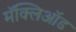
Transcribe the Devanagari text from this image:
मॅक्लिऑड